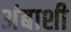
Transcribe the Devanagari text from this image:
अंबाशी